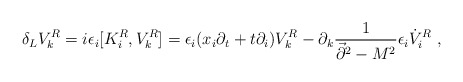
\begin{align*}\delta_L V_k^R=i\epsilon_i[K_i^R,V_k^R]=\epsilon_i (x_i\partial_t+t\partial_i)V_k^R - \partial_k{1\over \vec{\partial}^2-M^2}\epsilon_i\dot{V}^R_i~,\end{align*}